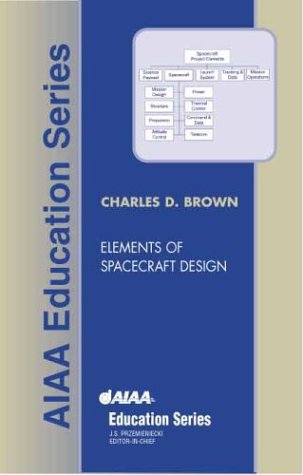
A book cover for Elements of Spacecraft Design (AIAA Education); Wren Software, Inc. C. Brown; Science & Math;